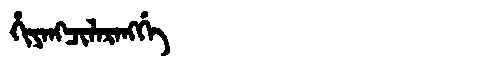
Manchu: ᡥᡳᠶᠠᠩᠴᡳᠯᠠᡵᠠᠩᡤᡝ
Romanization: HIYANGCILARANGGE